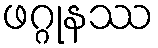
ဖဂ္ဂုနဿ